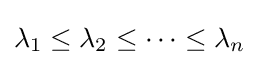
\lambda _{1}\leq \lambda _{2}\leq \cdots \leq \lambda _{n}